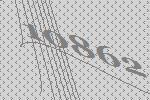
10862